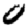
Digit: 0